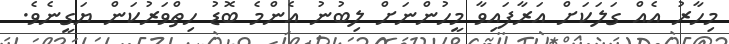
މިހާރު އެއް ގަލަކަށް އަރާފައިވާ މީހުންނަށް ލިބުނު އެންމެ ބޮޑު ހިތްވަރުކަން ޔަގީނެވެ.